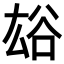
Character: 𧮯